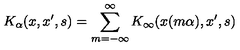
K _ { \alpha } ( x , x ^ { \prime } , s ) = \sum _ { m = - \infty } ^ { \infty } K _ { \infty } ( x ( m \alpha ) , x ^ { \prime } , s )